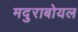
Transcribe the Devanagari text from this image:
मदुराबोयल